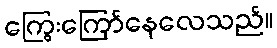
ကြွေးကြော်နေလေသည်။